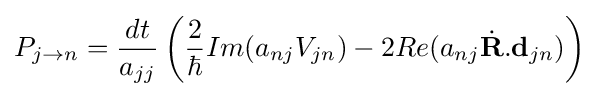
P_{j\to n}={\frac {dt}{a_{jj}}}\left({\frac {2}{\hbar }}Im(a_{nj}V_{jn})-2Re(a_{nj}{\dot {\mathbf {R} }}.\mathbf {d} _{jn})\right)